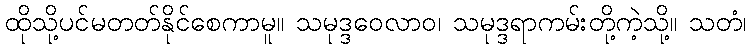
ထိုသို့ပင်မတတ်နိုင်စေကာမူ။ သမုဒ္ဒဝေလာဝ၊ သမုဒ္ဒရာကမ်းတို့ကဲ့သို့။ သတံ၊